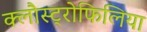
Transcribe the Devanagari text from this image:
क्लौस्ट्रोफिलिया